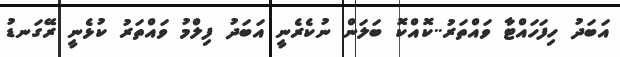
އަބަދު ހިފަހައްޓާ ވައްތަރު..ކޮއްކޮ ބަލަން ނުކެރެނީ އަބަދު ފިލްމު ވައްތަރު ކުޅެނީ ރޭގަނޑު